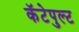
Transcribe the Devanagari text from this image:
कॅटेपुल्ट